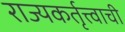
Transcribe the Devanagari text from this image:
राज्यकर्तृत्त्वाची